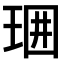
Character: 𤥪